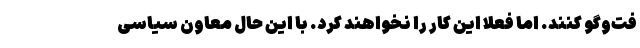
فت‌وگو کنند. اما فعلاً این کار را نخواهند کرد. با این حال معاون سیاسی